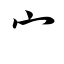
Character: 宀